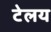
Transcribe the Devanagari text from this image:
टेलय